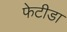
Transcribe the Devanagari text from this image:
फेटीडा